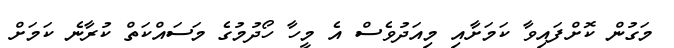
މަގުން ކޮށްފައިވާ ކަމަށާއި މިއަދުވެސް އެ މީހާ ހޯދުމުގެ މަސައްކަތް ކުރާނެ ކަމަށް